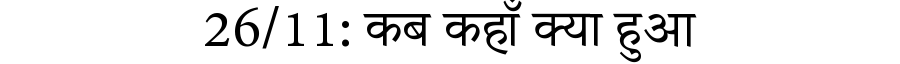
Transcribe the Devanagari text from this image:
26/11: कब कहाँ क्या हुआ